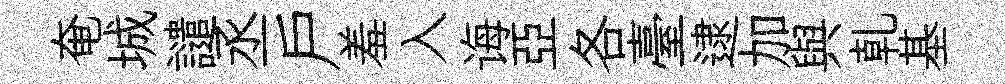
奄城譴丞戸羞入诲亞各臺逮加與乹基